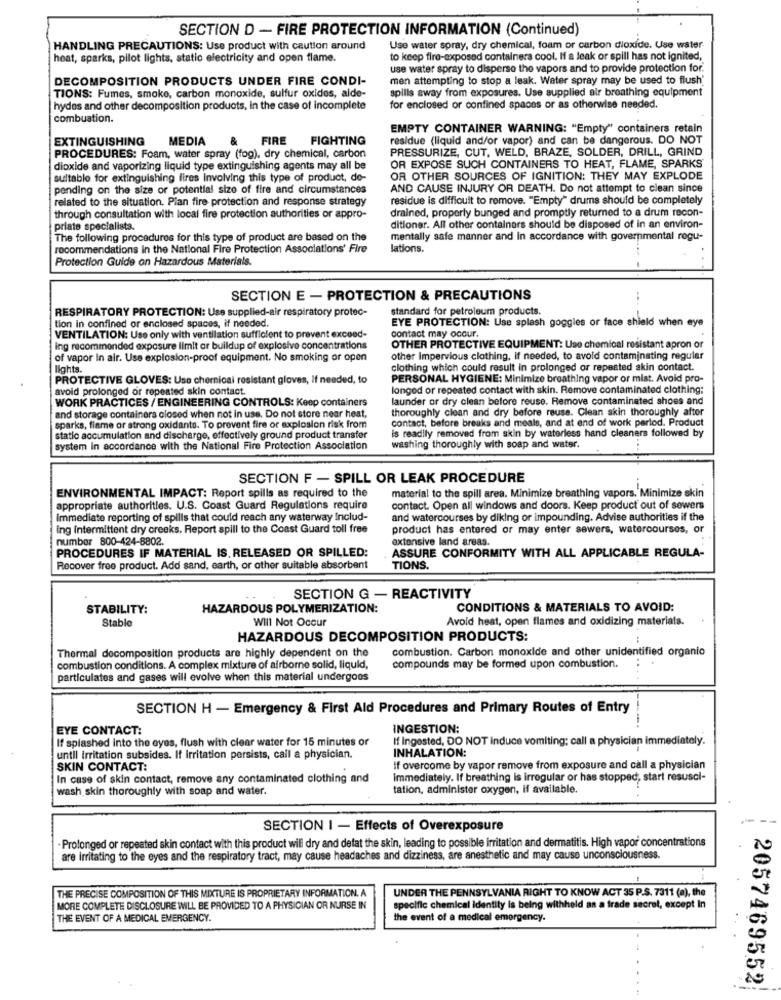
SECTION D - FIRE PROTECTION INFORMATION (Continued)
HANDLING PRECAUTIONS: Use product with caution around
Use water spray, dry chemical, foam or carbon dioxide. Use water
heat, sparks, pilot lights, static electricity and open flame.
to keep fire-exposed containers cool. If a leak or spill has not ignited,
use water spray to disperse the vapors and to provide protection for.
DECOMPOSITION PRODUCTS UNDER FIRE CONDI-
men attempting to stop a leak. Water spray may be used to flush'
TIONS: Fumes, smoke, carbon monoxide, sulfur oxides, alde-
spills away from exposures. Use supplied air breathing equipment
hydes and other decomposition products, in the case of incomplete
for enclosed or confined spaces or as otherwise needed.
combustion.
EMPTY CONTAINER WARNING: "Empty" containers retain
EXTINGUISHING
MEDIA
FIRE FIGHTING
residue (liquid and/or vapor) and can be dangerous. DO NOT
PRESSURIZE, CUT, WELD, BRAZE, SOLDER, DRILL, GRIND
PROCEDURES: Foam, water spray (fog), dry chemical, carbon
dioxide and vaporizing liquid type extinguishing agents may all be
OR EXPOSE SUCH CONTAINERS TO HEAT, FLAME, SPARKS'
suitable for extinguishing fires Involving this type of product, de-
OR OTHER SOURCES OF IGNITION: THEY MAY EXPLODE
pending on the size or potential size of fire and circumstances
AND CAUSE INJURY OR DEATH. Do not attempt to clean since
related to the situation. Pian fire protection and response strategy
residue is difficult to remove. "Empty" drums should be completely
drained, properly bunged and promptly returned to a drum recon-
through consultation with local fire protection authorities or appro-
priate specialists.
ditioner. All other containers should be disposed of in an environ-
The following procedures for this type of product are based on the
mentally safe manner and in accordance with governmental regu-
recommendations in the National Fire Protection Associations' Fire
lations.
Protection Guide on Hazardous Materials.
SECTION E - PROTECTION & PRECAUTIONS
-.
RESPIRATORY PROTECTION: Use supplied-air respiratory protec-
standard for petroleum products.
EYE PROTECTION: Use splash goggles or face shield when eye
tion in confined or enclosed spaces, if needed.
contact may occur.
VENTILATION: Use only with ventilation sufficient to prevent exceed-
ing recommended exposure limit or buildup of explosive concentrations
OTHER PROTECTIVE EQUIPMENT: Uso chemical resistant apron or
of vapor in air. Use explosion-proof equipment. No smoking or open
other Impervious clothing, if needed, to avoid contaminating regular
lights.
clothing which could result in prolonged or repeated akin contact.
PROTECTIVE GLOVES: Use chernical resistant gloves, If needed, to
PERSONAL HYGIENE: Minimize breathing vapor or mist. Avoid pro-
avoid prolonged or repeated skin contact.
longed or repeated contact with skin. Remove contaminated clothing:
WORK PRACTICES / ENGINEERING CONTROLS: Keep containers
launder or dry clean before reuse. Remove contaminated shoes and
thoroughly clean and dry before reuse. Clean skin thoroughly after
and storage containers closed when not in use. Do not store near heat,
contact, before breaks and meals, and at end of work parlod. Product
sparks, flame or strong oxidants. To prevent fire or explosion risk from
is readily removed from skin by waterless hand cleaners followed by
static accumulation and discharge, effectively ground product transfer
system In accordance with the National Fire Protection Association
washing thoroughly with soap and water.
...
SECTION F - SPILL OR LEAK PROCEDURE
ENVIRONMENTAL IMPACT: Report spills as required to the
material to the spill area. Minimize breathing vapors. Minimize skin
appropriate authorities. U.S. Coast Guard Regulations require
contact. Open all windows and doors. Keep product out of sewers
immediate reporting of spills that could reach any waterway includ-
and watercourses by diking or impounding. Advise authorities if the
ing intermittent dry creeks. Report spill to the Coast Guard toll free
product has entered or may enter sewers, watercourses, or
number 800-424-8802.
extensive land areas.
PROCEDURES IF MATERIAL IS. RELEASED OR SPILLED:
ASSURE CONFORMITY WITH ALL APPLICABLE REGULA-
Recover free product. Add sand, earth, or other suitable absorbent
TIONS.
SECTION G - REACTIVITY
STABILITY:
HAZARDOUS POLYMERIZATION:
CONDITIONS & MATERIALS TO AVOID:
Stable
Will Not Occur
Avoid heat, open flames and oxidizing materials.
HAZARDOUS DECOMPOSITION PRODUCTS:
combustion. Carbon monoxide and other unidentified organio
Thermal decomposition products are highly dependent on the
combustion conditions. A complex mixture of airborne solid, liquid,
compounds may be formed upon combustion.
particulates and gases will evolve when this material undergoes
SECTION H - Emergency & First Ald Procedures and Primary Routes of Entry
EYE CONTACT:
INGESTION:
If splashed into the eyes, flush with clear water for 15 minutes or
If Ingested, DO NOT induce vomiting; call a physician immediately.
until irritation subsides. If irritation persists, call a physician.
INHALATION:
SKIN CONTACT:
If overcome by vapor remove from exposure and call a physician
In case of skin contact, remove any contaminated clothing and
Immediately. If breathing is irregular or has stopped, start resusci-
wash skin thoroughly with soap and water.
tation, administer oxygen, if available.
SECTION I - Effects of Overexposure
Prolonged or repeated skin contact with this product will dry and detat the skin, leading to possible irritation and dermatitis. High vapor concentrations
are irritating to the eyes and the respiratory tract, may cause headaches and dizziness, are anesthetic and may cause unconsciousness.
UNDER THE PENNSYLVANIA RIGHT TO KNOW ACT 35 P.S. 7311 (a), the
THE PRECISE COMPOSITION OF THIS MIXTURE IS PROPRIETARY INFORMATION. A
MORE COMPLETE DISCLOSURE WILL BE PROVIDED TO A PHYSICIAN OR NURSE IN
specific chemical identity is being withheld as a trade secret, except In
THE EVENT OF A MEDICAL EMERGENCY.
the event of a medical emergency.
2057469552